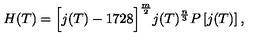
H ( T ) = \Bigl [ j ( T ) - 1 7 2 8 \Bigr ] ^ { \frac { m } { 2 } } j ( T ) ^ { \frac { n } { 3 } } P \left[ j ( T ) \right] ,